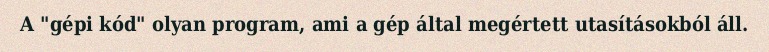
A "gépi kód" olyan program, ami a gép által megértett utasításokból áll.